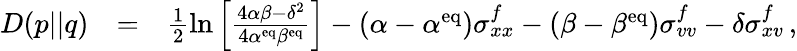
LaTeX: \begin{array}{rlr}{D(p||q)}&{=}&{\frac{1}{2}\ln\left[\frac{4\alpha\beta-\delta^{2}}{4\alpha^{\mathrm{eq}}\beta^{\mathrm{eq}}}\right]-(\alpha-\alpha^{\mathrm{eq}})\sigma_{xx}^{f}-(\beta-\beta^{\mathrm{eq}})\sigma_{vv}^{f}-\delta\sigma_{xv}^{f}\, ,}\end{array}